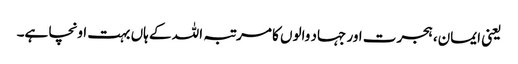
یعنی ایمان، ہجرت اور جہاد والوں کا مرتبہ اللہ کے ہاں بہت اونچا ہے۔